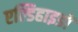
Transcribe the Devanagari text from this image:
एल्डिहाइडों